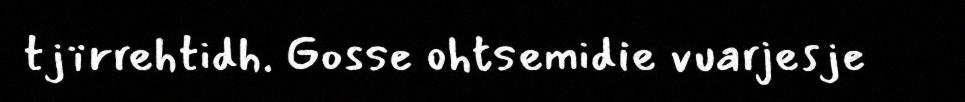
tjïrrehtidh. Gosse ohtsemidie vuarjesje